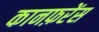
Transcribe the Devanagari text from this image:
कानफ़रेंस